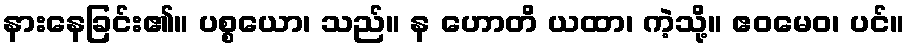
နားနေခြင်း၏။ ပစ္စယော၊ သည်။ န ဟောတိ ယထာ၊ ကဲ့သို့။ ဧဝမေဝ၊ ပင်။